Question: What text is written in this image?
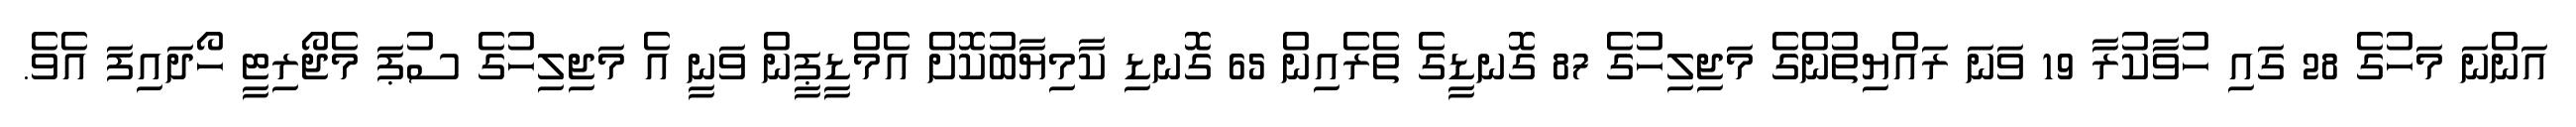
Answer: އަންނަ މަހުގެ 28 ގައި ހުވާކުރާ 19 ވަނަ ރައްޔިތުންގެ މަޖިލިހުގެ 87 ގޮނޑީގެ ތެރެއިން 65 ގޮނޑި ކާމިޔާބުކޮށް އެމްޑީޕީން ވަނީ އެ މަޖިލިހުގެ ސުޕަ މެޖޯރިޓީ ހޯދައިފަ އެވެ.